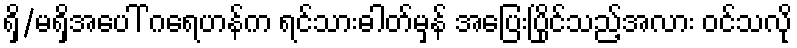
ရှိ/မရှိအပေါ် ဂရေဟန်က ရင်သားဓါတ်မှန် အပြေးပြိုင်သည့်အလား ဝင်သလို